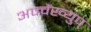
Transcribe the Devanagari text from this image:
अफ्वैंख्युप्